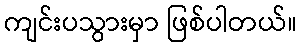
ကျင်းပသွားမှာ ဖြစ်ပါတယ်။